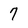
Character: 7